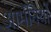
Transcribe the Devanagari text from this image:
आर्मेनियों